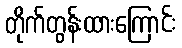
တိုက်တွန်းထားကြောင်း